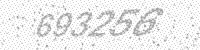
Solution: 693256